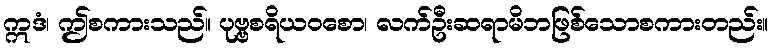
ဣဒံ၊ ဤစကားသည်။ ပုဗ္ဗစရိယဝစော၊ လက်ဦးဆရာမိဘဖြစ်သောစကားတည်း။